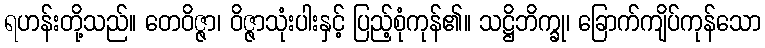
ရဟန်းတို့သည်။ တေဝိဇ္ဇာ၊ ဝိဇ္ဇာသုံးပါးနှင့် ပြည့်စုံကုန်၏။ သဋ္ဌိဘိက္ခု၊ ခြောက်ကျိပ်ကုန်သော